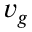
v _ { g }